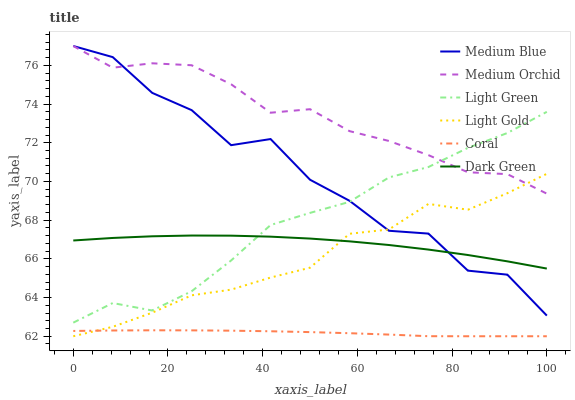
| xaxis_label | Medium Blue | Medium Orchid | Light Green | Light Gold | Coral | Dark Green |
 | --- | --- | --- | --- | --- | --- | --- |
 | 0 | 77 | 77 | 62.7 | 62 | 62.3 | 66.9 |
 | 8.33 | 76.4 | 75.9 | 63.7 | 62.5 | 62.3 | 67.1 |
 | 16.7 | 74.6 | 76.1 | 63.3 | 63.2 | 62.3 | 67.2 |
 | 25 | 73.7 | 76 | 64.3 | 64.1 | 62.3 | 67.2 |
 | 33.3 | 71.9 | 75 | 65.9 | 64.4 | 62.3 | 67.2 |
 | 41.7 | 72.2 | 73.6 | 67.7 | 65 | 62.3 | 67.1 |
 | 50 | 70.1 | 73.7 | 68.4 | 65.5 | 62.2 | 67 |
 | 58.3 | 69 | 72.6 | 68.9 | 67.3 | 62.2 | 66.9 |
 | 66.7 | 67.5 | 72.1 | 70.2 | 67.5 | 62.1 | 66.7 |
 | 75 | 67.3 | 71.4 | 70.7 | 68.8 | 62 | 66.5 |
 | 83.3 | 65.4 | 70.5 | 71.7 | 68.5 | 62 | 66.2 |
 | 91.7 | 65.2 | 70.4 | 72.5 | 69.4 | 62 | 65.9 |
 | 100 | 63.1 | 69.4 | 73.6 | 70.4 | 62 | 65.5 |